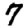
Digit: 7